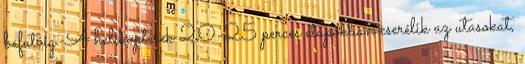
befutóig. A helikopterek 20-25 perces etapokban cserélik az utasokat,